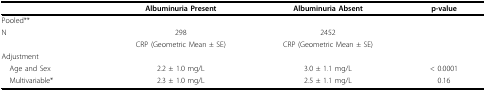
|  | Albuminuria Present | Albuminuria Absent | p-value |
 | --- | --- | --- | --- |
 | Pooled** |  |  |  |
 | N | 298 | 2452 |  |
 |  | CRP (Geometric Mean ± SE) | CRP (Geometric Mean ± SE) |  |
 | Adjustment |  |  |  |
 | Age and Sex | 2.2 ± 1.0 mg/L | 3.0 ± 1.1 mg/L | < 0.0001 |
 | Multivariable* | 2.3 ± 1.0 mg/L | 2.5 ± 1.1 mg/L | 0.16 |